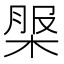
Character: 𣔚